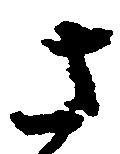
さ